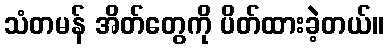
သံတမန် အိတ်တွေကို ပိတ်ထားခဲ့တယ်။